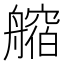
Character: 𦪥